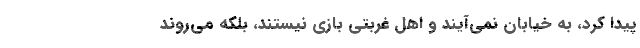
پیدا کرد، به خیابان نمی‌آیند و اهل غربتی بازی نیستند، بلکه می‌روند